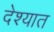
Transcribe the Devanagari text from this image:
देश्यात